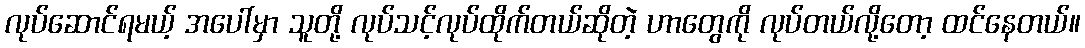
လုပ်ဆောင်ရမယ့် အပေါ်မှာ သူတို့ လုပ်သင့်လုပ်ထိုက်တယ်ဆိုတဲ့ ဟာတွေကို လုပ်တယ်လို့တော့ ထင်နေတယ်။